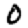
Digit: 0